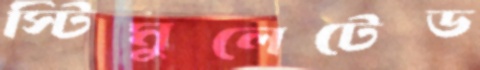
স্টিমুলেটেড